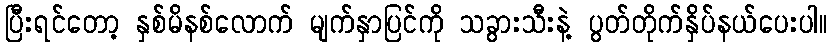
ပြီးရင်တော့ နှစ်မိနစ်လောက် မျက်နှာပြင်ကို သခွားသီးနဲ့ ပွတ်တိုက်နှိပ်နယ်ပေးပါ။